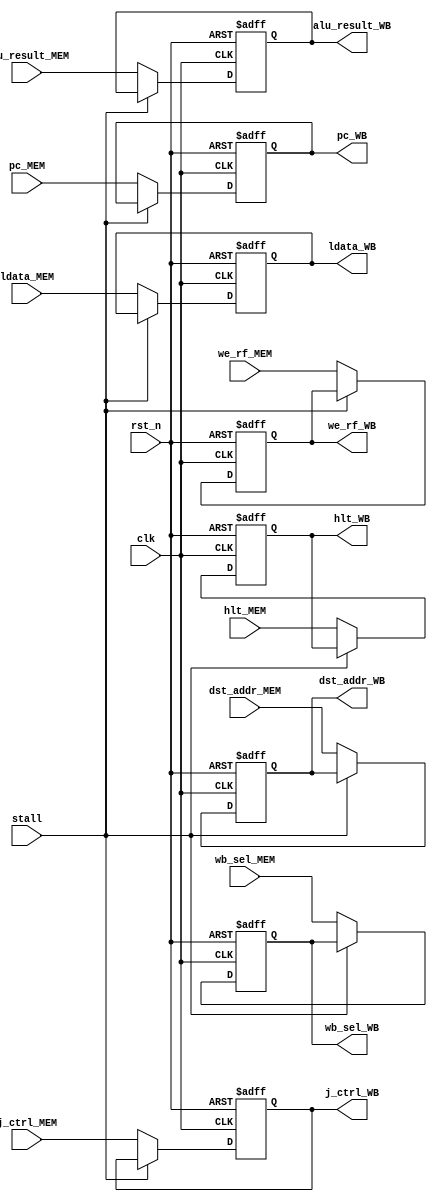
module MEM_WB_FF(
	ldata_WB, alu_result_WB, wb_sel_WB, we_rf_WB, dst_addr_WB, hlt_WB, pc_WB, j_ctrl_WB,
	ldata_MEM, alu_result_MEM, wb_sel_MEM, we_rf_MEM, dst_addr_MEM, hlt_MEM, pc_MEM, j_ctrl_MEM,
	clk, rst_n, stall);
	
	// Inputs
	input wire [15:0] ldata_MEM, alu_result_MEM, pc_MEM;
	input wire [3:0] dst_addr_MEM;
	input wire wb_sel_MEM, we_rf_MEM, clk, rst_n, stall, hlt_MEM, j_ctrl_MEM;
	
	// Outputs
	output reg [15:0] ldata_WB, alu_result_WB, pc_WB;
	output reg [3:0] dst_addr_WB;
	output reg wb_sel_WB, we_rf_WB, hlt_WB, j_ctrl_WB;
	
	// Local wires
	wire [15:0] next_ldata, next_alu_result, next_pc;
	wire [3:0] next_dst_addr;
	wire next_wb_sel, next_we_rf, next_hlt, next_j_ctrl;
	
	
	always@(posedge clk, negedge rst_n)begin
		if(~rst_n)begin
			ldata_WB <= 16'h0000;
			alu_result_WB <= 16'h0000;
			we_rf_WB <= 1'b0;
			wb_sel_WB <= 1'b0;
			dst_addr_WB <= 4'b0000;
			hlt_WB <= 1'b0;
			pc_WB <= 16'h0000;
			j_ctrl_WB <= 1'b0;
		end
		else begin
			ldata_WB <= next_ldata;
			alu_result_WB <= next_alu_result;
			we_rf_WB <= next_we_rf;
			wb_sel_WB <= next_wb_sel;
			dst_addr_WB <= next_dst_addr;
			hlt_WB <= next_hlt;
			pc_WB <= next_pc;
			j_ctrl_WB <= next_j_ctrl;
		end
	end 
	
	assign next_ldata = (stall) ? ldata_WB : ldata_MEM;
	assign next_alu_result = (stall) ? alu_result_WB : alu_result_MEM;
	assign next_we_rf = (stall) ? we_rf_WB : we_rf_MEM;
	assign next_wb_sel = (stall) ? wb_sel_WB : wb_sel_MEM;
	assign next_dst_addr = (stall) ? dst_addr_WB : dst_addr_MEM;
	assign next_hlt = (stall) ? hlt_WB : hlt_MEM;
	assign next_pc = (stall) ? pc_WB : pc_MEM;
	assign next_j_ctrl = (stall) ? j_ctrl_WB : j_ctrl_MEM;
	
endmodule